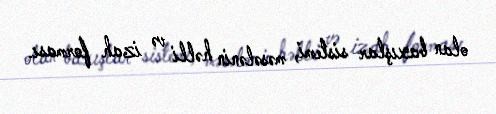
olan baxışlar sistemi, məsələnin həlli və izah forması.